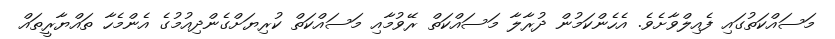
މަސައްކަތުގައި ފެއިލްވާށެވެ. އެހެންކަމުން ދުރާލާ މަސައްކަތް ރޭވުމާއި މަސައްކަތް ކުރިޔަށްގެންދިއުމުގެ އެންމެހާ ތައްޔާރީތައް